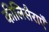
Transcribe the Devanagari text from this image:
कीलिसैराएँ